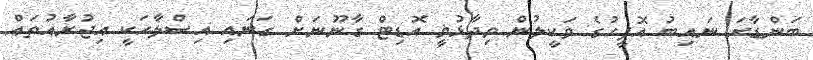
ބަންޑާރަ ނައިބު އޮފީހުގެ ވަކީލުން ވިދާޅުވީ އޮޑިޓް ގާނޫނަށް ގަނައި އިސްލާހަކީ އިޖުރާއުތައް